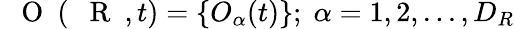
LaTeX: \mathrm{~{~\mathbf~O~}~}(\mathrm{~{~\mathbf~R~}~},t)=\{ O_{\alpha}(t)\} ;\; \alpha=1,2,...,D_{R}